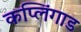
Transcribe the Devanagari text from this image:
कप्लिंगाड